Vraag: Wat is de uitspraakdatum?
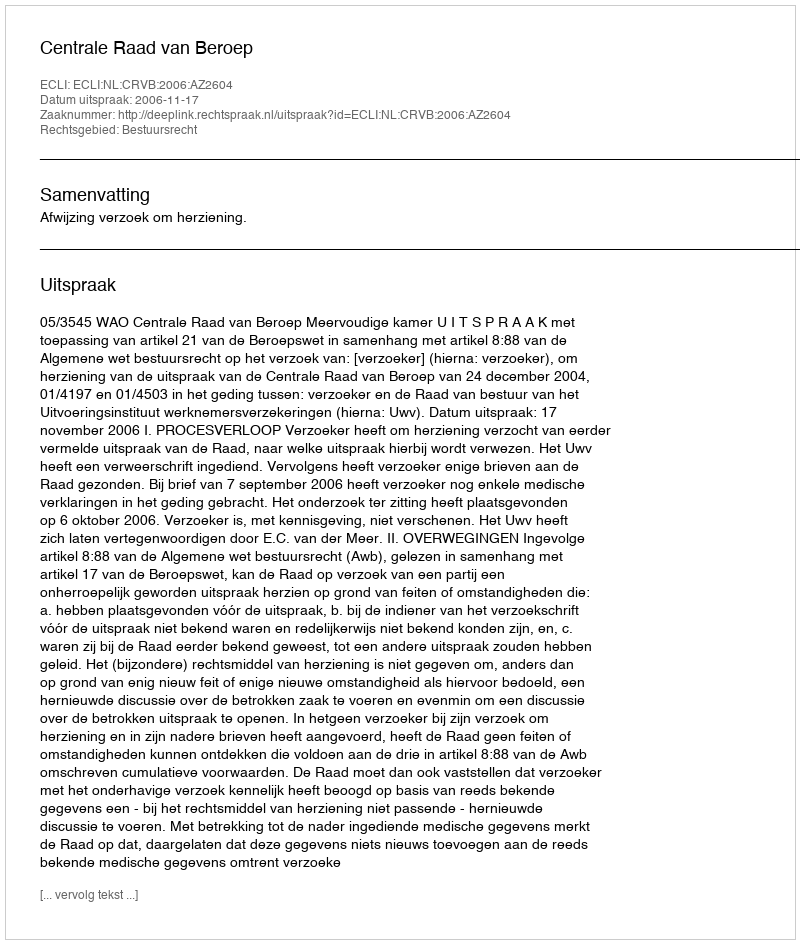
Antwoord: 2006-11-17